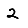
Digit: 2